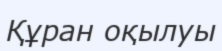
Құран оқылуы